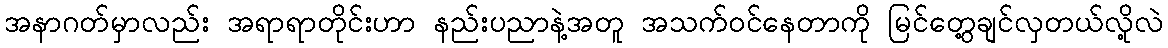
အနာဂတ်မှာလည်း အရာရာတိုင်းဟာ နည်းပညာနဲ့အတူ အသက်ဝင်နေတာကို မြင်တွေ့ချင်လှတယ်လို့လဲ